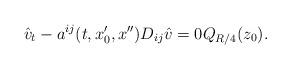
LaTeX: \begin{align*}\hat v_t-a^{ij}(t,x_0',x'')D_{ij}\hat v=0Q_{R/4}(z_0).\end{align*}